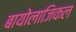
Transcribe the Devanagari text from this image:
बायोलाजिकल